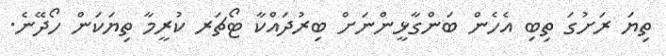
ތިޔަ ރަށުގަ ތިބި އެހެން ބަންގާޅީންނަށް ބިރުދައްކާ ޓޯޗަރ ކުރީމާ ތިޔަކަން ހޯދޭނެ.